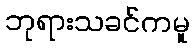
ဘုရားသခင်ကမူ